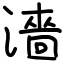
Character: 濇